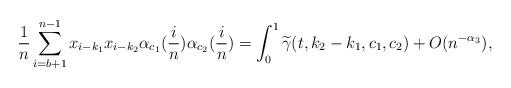
LaTeX: \begin{align*}\frac{1}{n}\sum_{i=b+1}^{n-1}x_{i-k_1} x_{i-k_2} \alpha_{c_1}(\frac{i}{n}) \alpha_{c_2}(\frac{i}{n})=\int_0^1 \widetilde{\gamma}(t, k_2-k_1, c_1, c_2)+O(n^{-\alpha_3}),\end{align*}